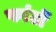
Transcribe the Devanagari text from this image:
फांटों